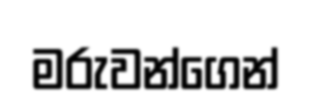
මරුවන්ගෙන්